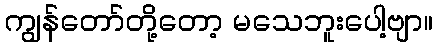
ကျွန်တော်တို့တော့ မသေဘူးပေါ့ဗျာ။